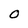
Character: O